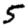
Digit: 5